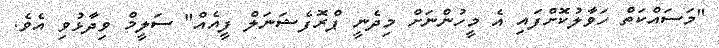
"މަސައްކަތް ހަވާލުކޮށްފައި އެ މީހުންނަށް މިދެނީ ޕްރޮފެޝަނަލް ފީއެއް" ސަލީމް ވިދާޅުވި އެވެ.